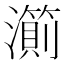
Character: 𱩹